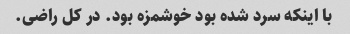
با اینکه سرد شده بود خوشمزه بود. در کل راضی.